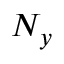
N _ { y }